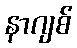
နာဂျစ်